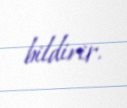
bildirir.